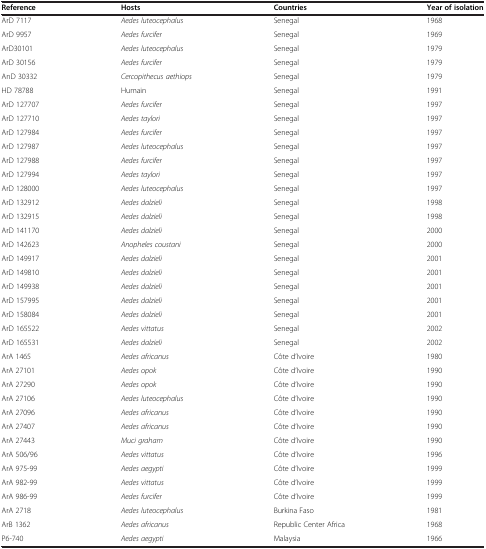
<table><thead><tr><td><b>Reference</b></td><td><b>Hosts</b></td><td><b>Countries</b></td><td><b>Year of isolation</b></td></tr></thead><tbody><tr><td>ArD 7117</td><td><i>Aedes luteocephalus</i></td><td>Senegal</td><td>1968</td></tr><tr><td>ArD 9957</td><td><i>Aedes furcifer</i></td><td>Senegal</td><td>1969</td></tr><tr><td>ArD30101</td><td><i>Aedes luteocephalus</i></td><td>Senegal</td><td>1979</td></tr><tr><td>ArD 30156</td><td><i>Aedes furcifer</i></td><td>Senegal</td><td>1979</td></tr><tr><td>AnD 30332</td><td><i>Cercopithecus aethiops</i></td><td>Senegal</td><td>1979</td></tr><tr><td>HD 78788</td><td>Humain</td><td>Senegal</td><td>1991</td></tr><tr><td>ArD 127707</td><td><i>Aedes furcifer</i></td><td>Senegal</td><td>1997</td></tr><tr><td>ArD 127710</td><td><i>Aedes taylori</i></td><td>Senegal</td><td>1997</td></tr><tr><td>ArD 127984</td><td><i>Aedes furcifer</i></td><td>Senegal</td><td>1997</td></tr><tr><td>ArD 127987</td><td><i>Aedes luteocephalus</i></td><td>Senegal</td><td>1997</td></tr><tr><td>ArD 127988</td><td><i>Aedes furcifer</i></td><td>Senegal</td><td>1997</td></tr><tr><td>ArD 127994</td><td><i>Aedes taylori</i></td><td>Senegal</td><td>1997</td></tr><tr><td>ArD 128000</td><td><i>Aedes luteocephalus</i></td><td>Senegal</td><td>1997</td></tr><tr><td>ArD 132912</td><td><i>Aedes dalzieli</i></td><td>Senegal</td><td>1998</td></tr><tr><td>ArD 132915</td><td><i>Aedes dalzieli</i></td><td>Senegal</td><td>1998</td></tr><tr><td>ArD 141170</td><td><i>Aedes dalzieli</i></td><td>Senegal</td><td>2000</td></tr><tr><td>ArD 142623</td><td><i>Anopheles coustani</i></td><td>Senegal</td><td>2000</td></tr><tr><td>ArD 149917</td><td><i>Aedes dalzieli</i></td><td>Senegal</td><td>2001</td></tr><tr><td>ArD 149810</td><td><i>Aedes dalzieli</i></td><td>Senegal</td><td>2001</td></tr><tr><td>ArD 149938</td><td><i>Aedes dalzieli</i></td><td>Senegal</td><td>2001</td></tr><tr><td>ArD 157995</td><td><i>Aedes dalzieli</i></td><td>Senegal</td><td>2001</td></tr><tr><td>ArD 158084</td><td><i>Aedes dalzieli</i></td><td>Senegal</td><td>2001</td></tr><tr><td>ArD 165522</td><td><i>Aedes vittatus</i></td><td>Senegal</td><td>2002</td></tr><tr><td>ArD 165531</td><td><i>Aedes dalzieli</i></td><td>Senegal</td><td>2002</td></tr><tr><td>ArA 1465</td><td><i>Aedes africanus</i></td><td>Côte d’Ivoire</td><td>1980</td></tr><tr><td>ArA 27101</td><td><i>Aedes opok</i></td><td>Côte d’Ivoire</td><td>1990</td></tr><tr><td>ArA 27290</td><td><i>Aedes opok</i></td><td>Côte d’Ivoire</td><td>1990</td></tr><tr><td>ArA 27106</td><td><i>Aedes luteocephalus</i></td><td>Côte d’Ivoire</td><td>1990</td></tr><tr><td>ArA 27096</td><td><i>Aedes africanus</i></td><td>Côte d’Ivoire</td><td>1990</td></tr><tr><td>ArA 27407</td><td><i>Aedes africanus</i></td><td>Côte d’Ivoire</td><td>1990</td></tr><tr><td>ArA 27443</td><td><i>Muci graham</i></td><td>Côte d’Ivoire</td><td>1990</td></tr><tr><td>ArA 506/96</td><td><i>Aedes vittatus</i></td><td>Côte d’Ivoire</td><td>1996</td></tr><tr><td>ArA 975-99</td><td><i>Aedes aegypti</i></td><td>Côte d’Ivoire</td><td>1999</td></tr><tr><td>ArA 982-99</td><td><i>Aedes vittatus</i></td><td>Côte d’Ivoire</td><td>1999</td></tr><tr><td>ArA 986-99</td><td><i>Aedes furcifer</i></td><td>Côte d’Ivoire</td><td>1999</td></tr><tr><td>ArA 2718</td><td><i>Aedes luteocephalus</i></td><td>Burkina Faso</td><td>1981</td></tr><tr><td>ArB 1362</td><td><i>Aedes africanus</i></td><td>Republic Center Africa</td><td>1968</td></tr><tr><td>P6-740</td><td><i>Aedes aegypti</i></td><td>Malaysia</td><td>1966</td></tr></tbody></table>